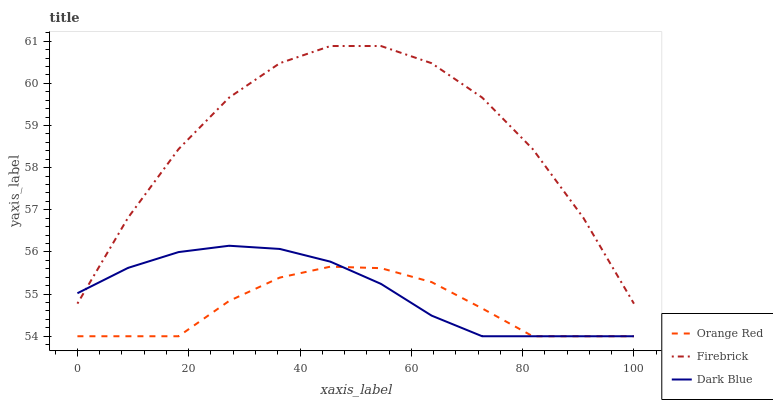
| xaxis_label | Orange Red | Firebrick | Dark Blue |
 | --- | --- | --- | --- |
 | 0 | 54 | 54.8 | 55 |
 | 9.09 | 54 | 56.8 | 55.6 |
 | 18.2 | 54 | 58.4 | 56 |
 | 27.3 | 54.8 | 59.7 | 56.1 |
 | 36.4 | 55.4 | 60.5 | 56.1 |
 | 45.5 | 55.7 | 60.9 | 55.8 |
 | 54.5 | 55.6 | 60.9 | 55.2 |
 | 63.6 | 55.3 | 60.5 | 54.5 |
 | 72.7 | 54.7 | 59.7 | 54 |
 | 81.8 | 54 | 58.4 | 54 |
 | 90.9 | 54 | 56.8 | 54 |
 | 100 | 54 | 54.8 | 54 |